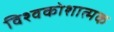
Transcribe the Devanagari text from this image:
विश्वकोशात्मक